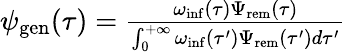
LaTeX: \begin{array}{r}{\psi_{\mathrm{gen}}(\tau)=\frac{\omega_{\mathrm{inf}}(\tau)\Psi_{\mathrm{rem}}(\tau)}{\int_{0}^{+\infty}{\omega_{\mathrm{inf}}(\tau^{\prime})\Psi_{\mathrm{rem}}(\tau^{\prime})d\tau^{\prime}}}}\end{array}